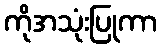
ကိုအသုံးပြုကာ